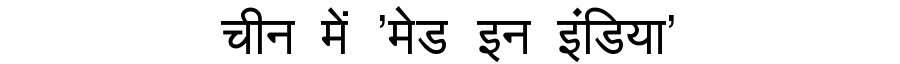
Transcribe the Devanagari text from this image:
चीन में 'मेड इन इंडिया'